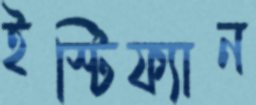
ইস্টিফ্যান